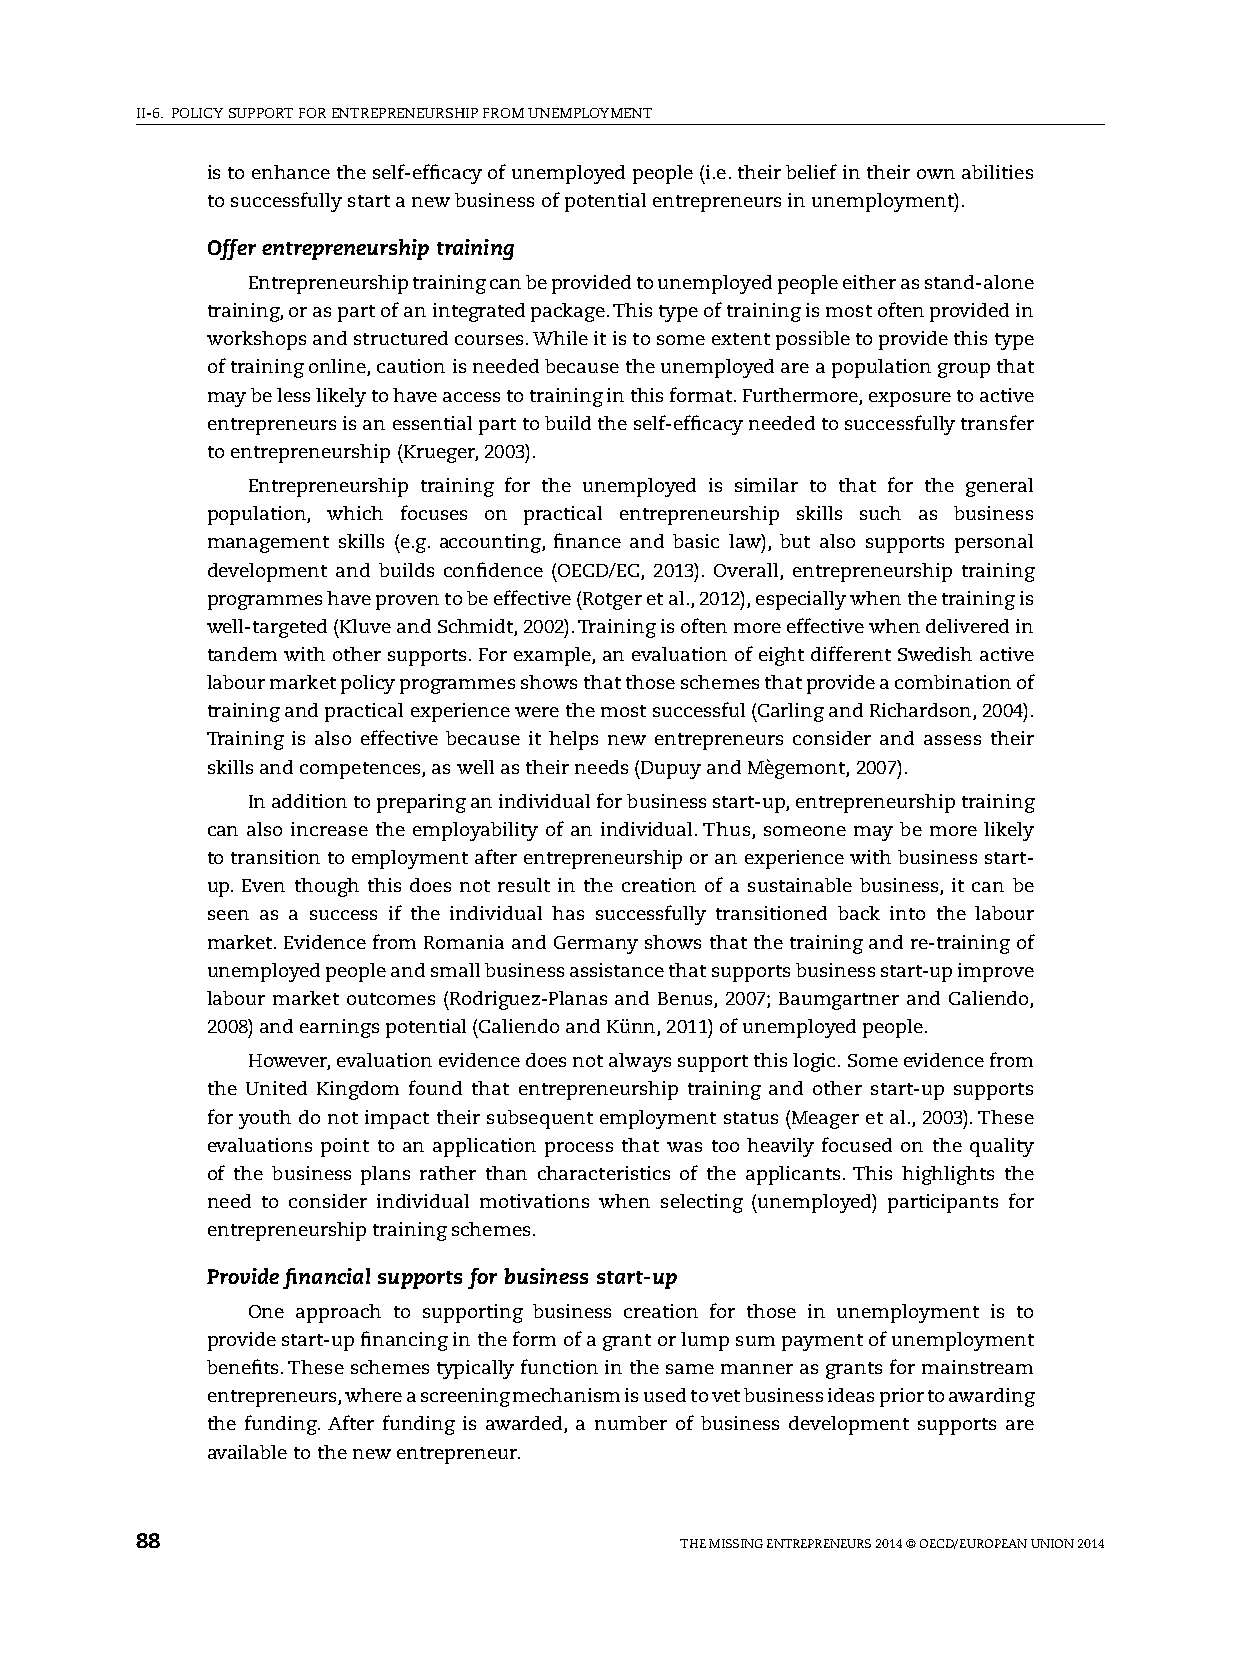
II-6. pOlICy sUppORT FOR ENTREpRENEURshIp FROM UNEMplOyMENT
 is to enhance the self-efficacy of unemployed people (i.e. their belief in their own abilities
 to successfully start a new business of potential entrepreneurs in unemployment).
 Offer entrepreneurship training
 Entrepreneurship training can be provided to unemployed people either as stand-alone
 training, or as part of an integrated package. This type of training is most often provided in
 workshops and structured courses. While it is to some extent possible to provide this type
 of training online, caution is needed because the unemployed are a population group that
 may be less likely to have access to training in this format. Furthermore, exposure to active
 entrepreneurs is an essential part to build the self-efficacy needed to successfully transfer
 to entrepreneurship (Krueger, 2003).
 Entrepreneurship training for the unemployed is similar to that for the general
 population, which focuses on practical entrepreneurship skills such as business
 management skills (e.g. accounting, finance and basic law), but also supports personal
 development and builds confidence (OECD/EC, 2013). Overall, entrepreneurship training
 programmes have proven to be effective (Rotger et al., 2012), especially when the training is
 well-targeted (Kluve and schmidt, 2002). Training is often more effective when delivered in
 tandem with other supports. For example, an evaluation of eight different swedish active
 labour market policy programmes shows that those schemes that provide a combination of
 training and practical experience were the most successful (Carling and Richardson, 2004).
 Training is also effective because it helps new entrepreneurs consider and assess their
 skills and competences, as well as their needs (Dupuy and Mègemont, 2007).
 In addition to preparing an individual for business start-up, entrepreneurship training
 can also increase the employability of an individual. Thus, someone may be more likely
 to transition to employment after entrepreneurship or an experience with business start-
 up. Even though this does not result in the creation of a sustainable business, it can be
 seen as a success if the individual has successfully transitioned back into the labour
 market. Evidence from Romania and Germany shows that the training and re-training of
 unemployed people and small business assistance that supports business start-up improve
 labour market outcomes (Rodriguez-planas and Benus, 2007; Baumgartner and Caliendo,
 2008) and earnings potential (Caliendo and Künn, 2011) of unemployed people.
 however, evaluation evidence does not always support this logic. some evidence from
 the United Kingdom found that entrepreneurship training and other start-up supports
 for youth do not impact their subsequent employment status (Meager et al., 2003). These
 evaluations point to an application process that was too heavily focused on the quality
 of the business plans rather than characteristics of the applicants. This highlights the
 need to consider individual motivations when selecting (unemployed) participants for
 entrepreneurship training schemes.
 Provide financial supports for business start-up
 One approach to supporting business creation for those in unemployment is to
 provide start-up financing in the form of a grant or lump sum payment of unemployment
 benefits. These schemes typically function in the same manner as grants for mainstream
 entrepreneurs, where a screening mechanism is used to vet business ideas prior to awarding
 the funding. After funding is awarded, a number of business development supports are
 available to the new entrepreneur.
 88                                  ThE MIssING ENTREpRENEURs 2014 © OECD/EUROpEAN UNION 2014